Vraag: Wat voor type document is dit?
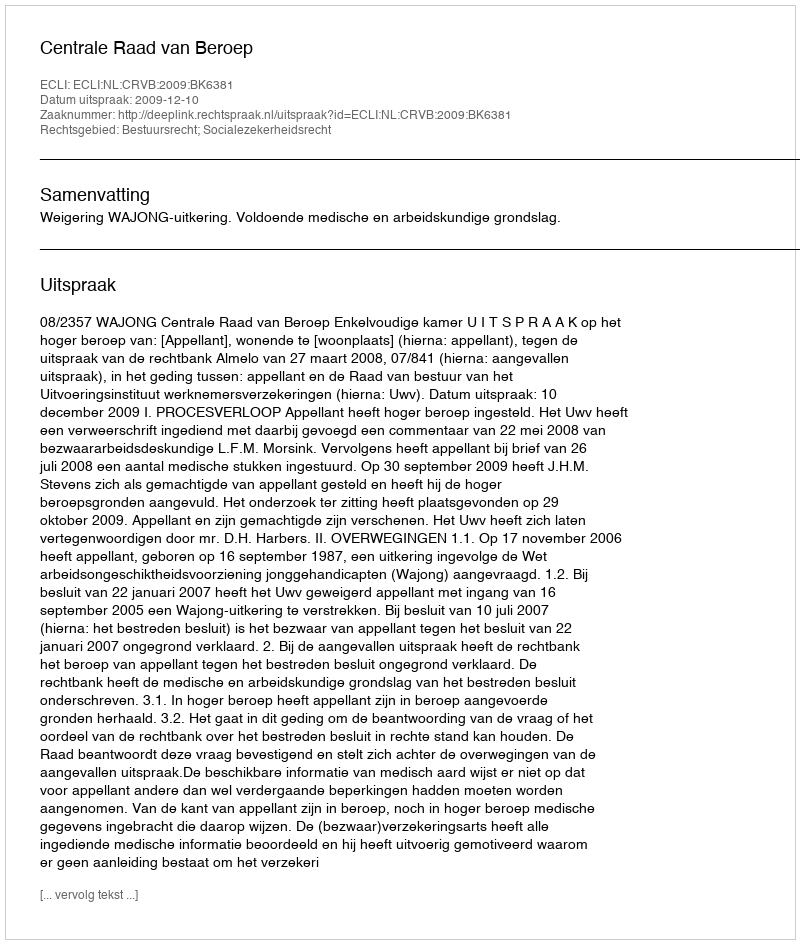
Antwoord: Uitspraak